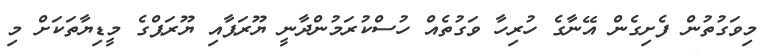
މިވަގުތުން ފެށިގެން އޭނާގެ ހުރިހާ ވަގުތެއް ހުސްކުރަމުންދާނީ ޔޫރަޕާއި ޔޫރަޕްގެ މީޑިޔާތަކަށް މި